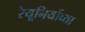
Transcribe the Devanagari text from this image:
रेयूनियोंच्या